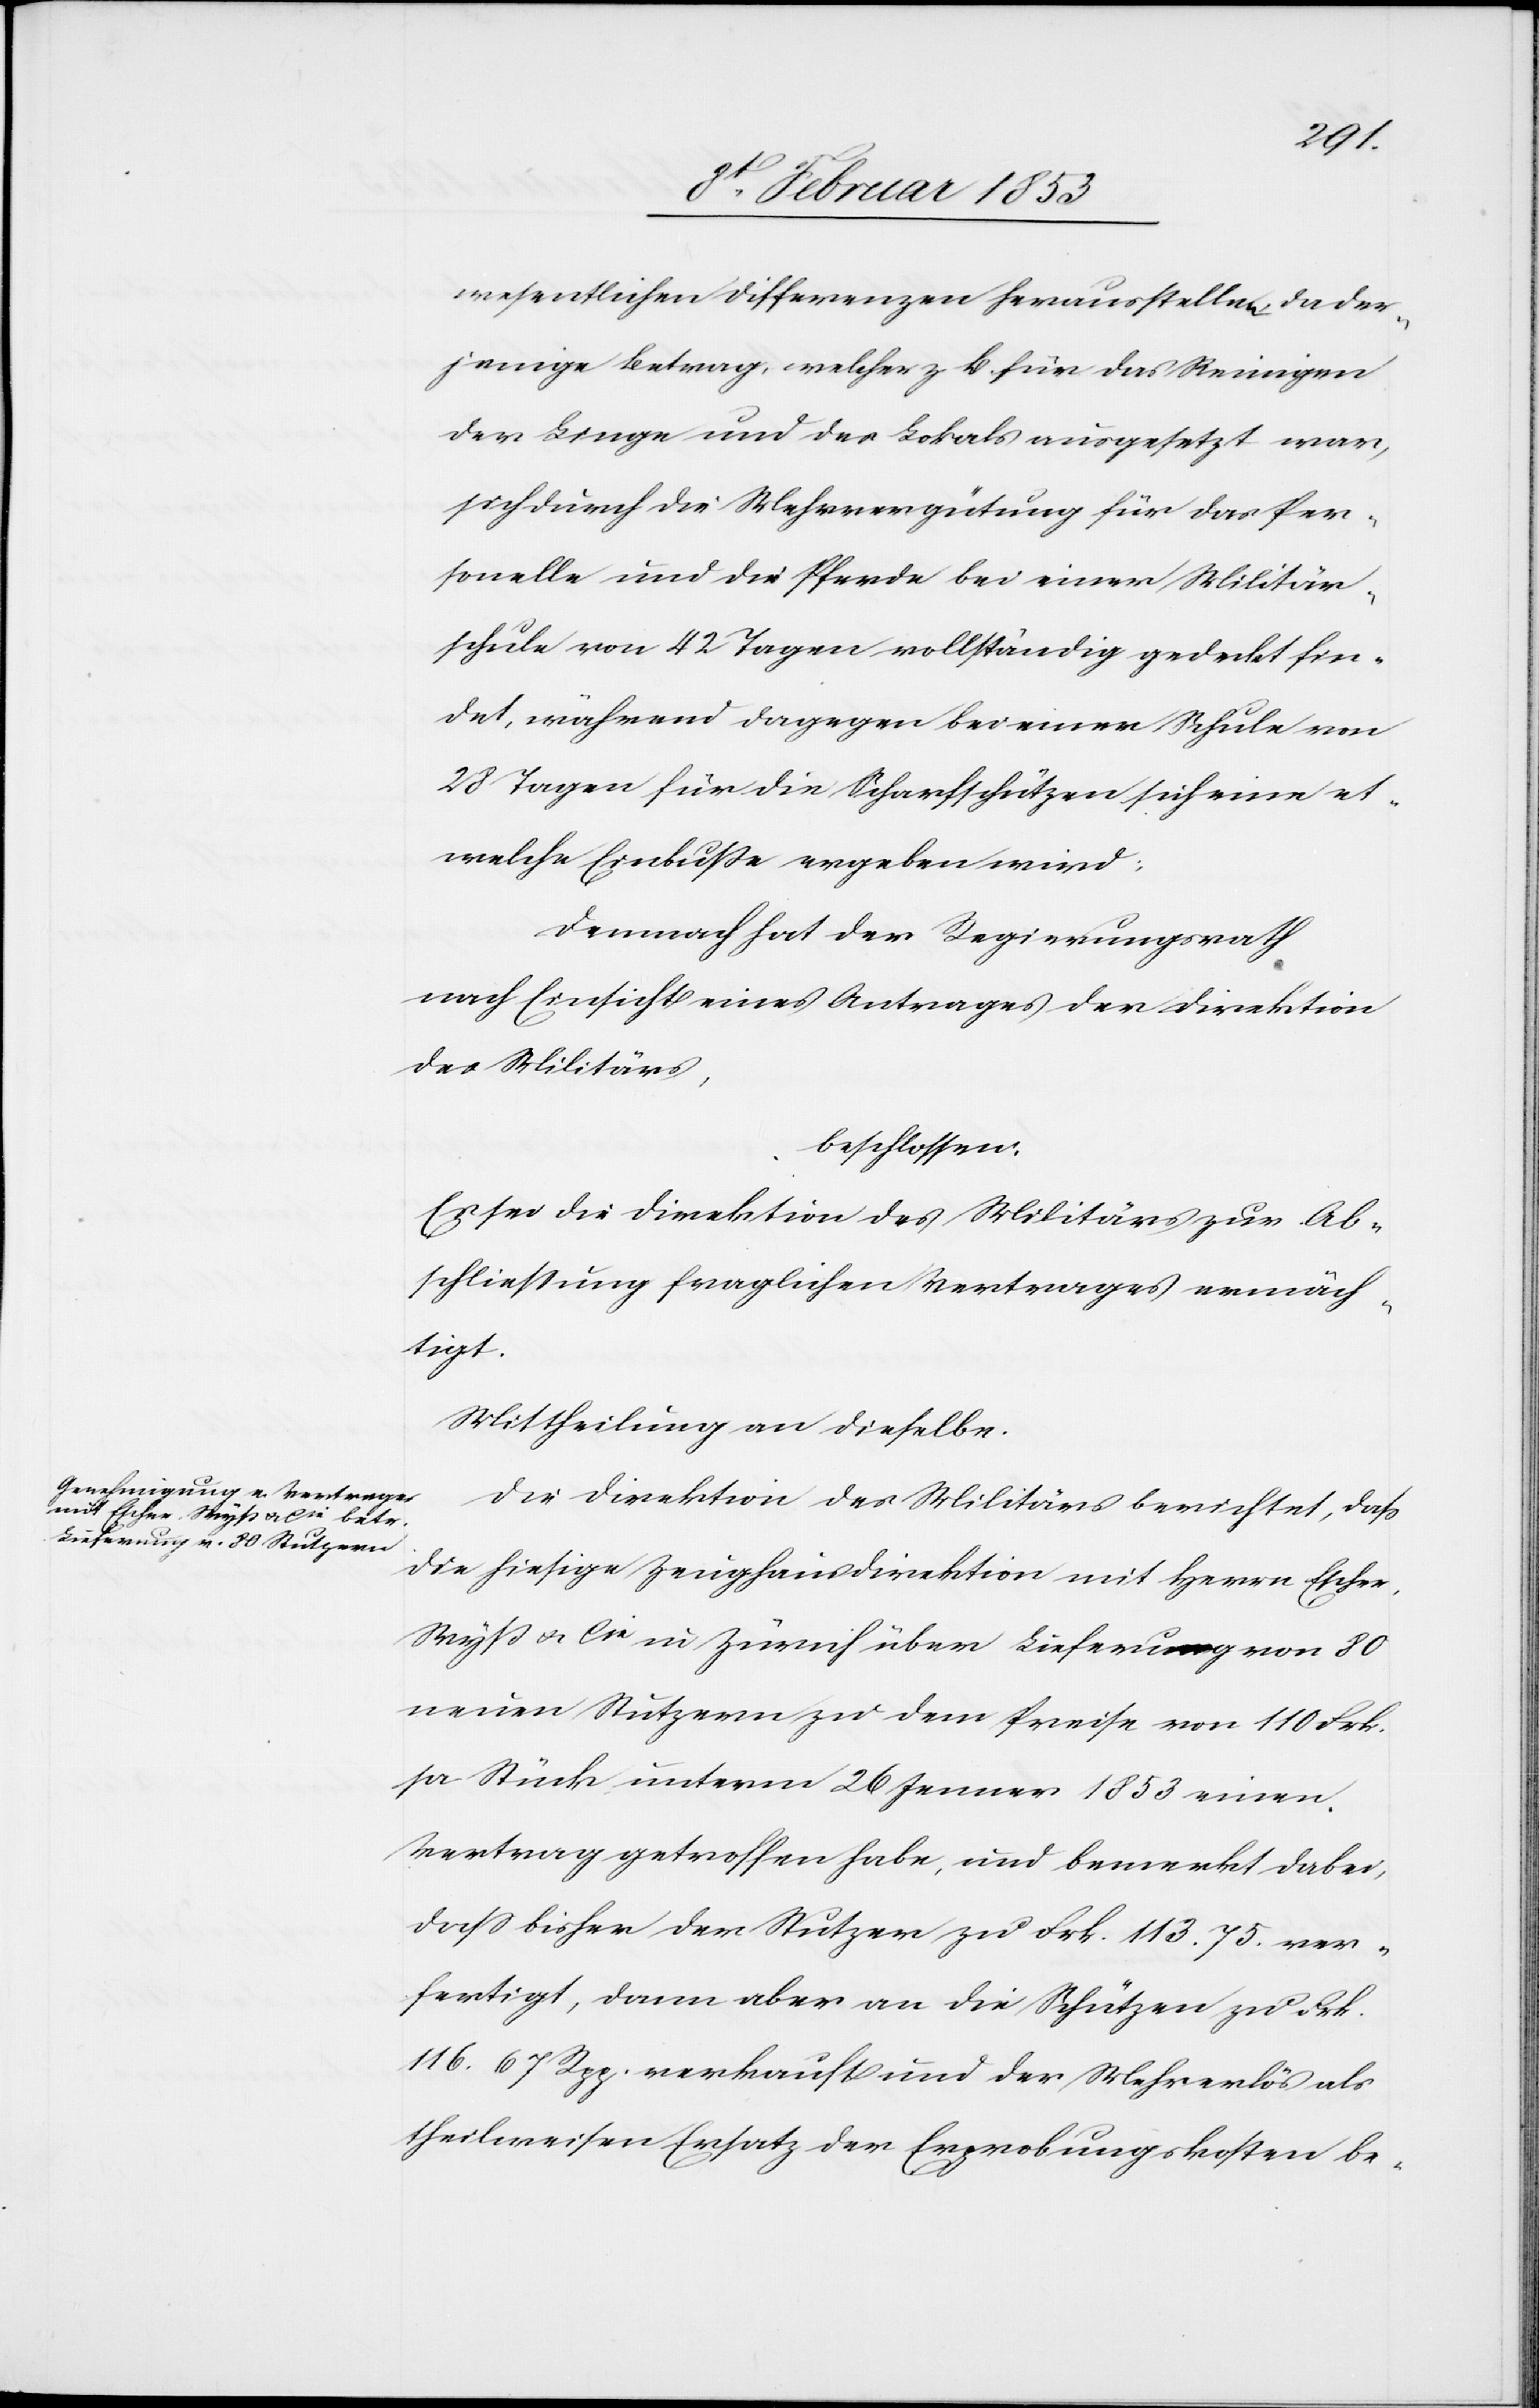
wesentlichen Differenzen herausstellen, da der¬
jenige Betrag, welcher z. B. für das Reinigen
der Linge [sic!] und des Lokals ausgesetzt war,
sich durch die Wehrvergütung für das Per¬
sonelle und die Pferde bei einer Militär¬
schule von 42 Tagen vollständig gedeckt fin¬
det, während dagegen bei einer Schule von
28 Tagen für die Scharfschützen sich eine et¬
welche Einbuße ergeben wird:
demnach hat der Regierungsrath
nach Einsicht eines Antrages der Direktion
des Militärs,
beschlossen:
Es sei der Direktion des Militärs zur Ab¬
schließung fraglichen Vertrages ermäch¬
tigt.
Mittheilung an dieselbe.
Die Direktion des Militärs berichtet, daß
die hiesige Zeughausdirektion mit Herrn Esche¬
r-Wyß u. Cie in Zürich über Lieferung von 80
neuen Stutzern zu dem Preise von 110 Frk.
pr. Stück unterm 26 Jenner 1853 einen
Vertrag getroffen habe, und bemerkt dabei,
daß bisher der Stutzer zu Frk. 113. 75 ver¬
fertigt, dann aber an die Schützen zu Frk.
116. 67Rpp. verkauft und der Mehrerlös als
theilweiser Ersatz der Erprobung kosten be-